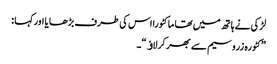
لڑکی نے ہاتھ میں تھا ما کٹورا اس کی طرف بڑھا یا اورکہا :
”کٹورہ زروسیم سے بھر کرلاﺅ“۔